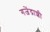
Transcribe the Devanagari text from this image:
गजेंद्राशी